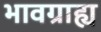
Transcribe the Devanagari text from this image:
भावग्राह्य